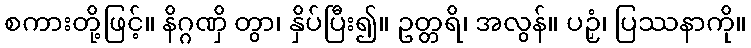
စကားတို့ဖြင့်။ နိဂ္ဂဏှိ တွာ၊ နှိပ်ပြီး၍။ ဥတ္တရိ၊ အလွန်။ ပဉှံ၊ ပြဿနာကို။